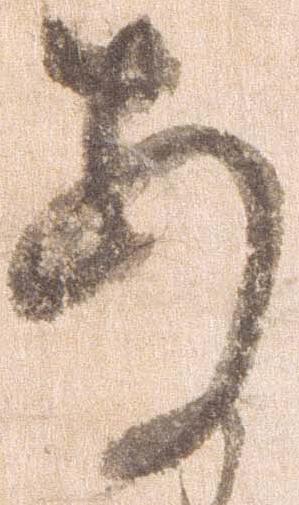
あ